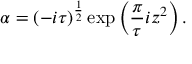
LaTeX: \alpha = ( - i \tau ) ^ { \frac { 1 } { 2 } } \exp \left( { \frac { \pi } { \tau } } i z ^ { 2 } \right) .